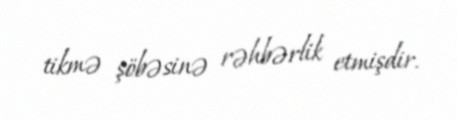
tikmə şöbəsinə rəhbərlik etmişdir.